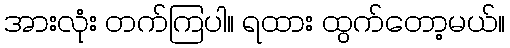
အားလုံး တက်ကြပါ။ ရထား ထွက်တော့မယ်။